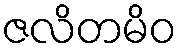
ဇလိတမိဝ